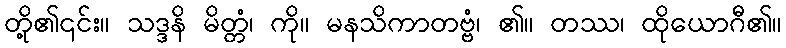
တို့၏၎င်း။ သဒ္ဒနိ မိတ္တံ၊ ကို။ မနသိကာတဗ္ဗံ၊ ၏။ တဿ၊ ထိုယောဂီ၏။